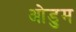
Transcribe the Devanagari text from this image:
ओडुम